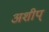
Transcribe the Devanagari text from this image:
अशीप्